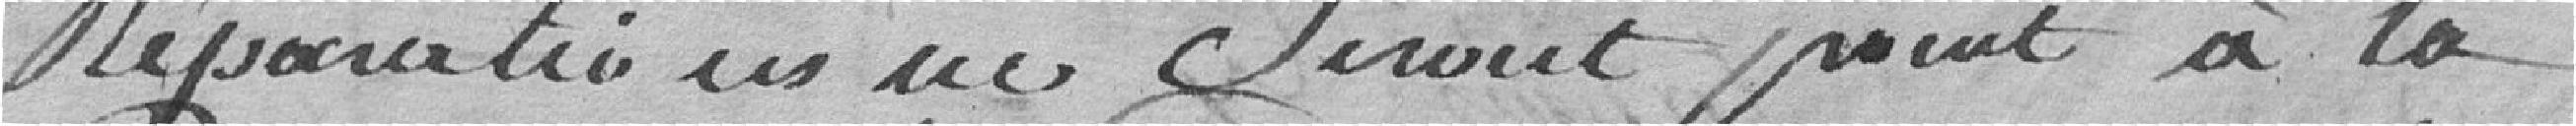
réparations ne seront point à la